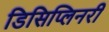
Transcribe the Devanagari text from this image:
डिसिप्लिनरी